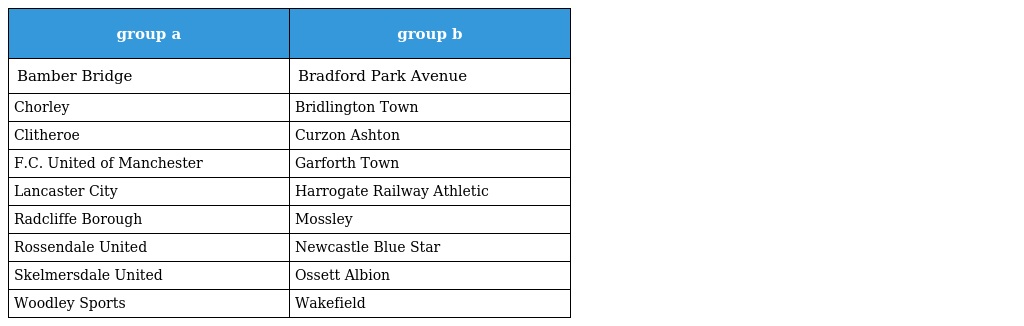
| group a | group b |
 | --- | --- |
 | Bamber Bridge | Bradford Park Avenue |
 | Chorley | Bridlington Town |
 | Clitheroe | Curzon Ashton |
 | F.C. United of Manchester | Garforth Town |
 | Lancaster City | Harrogate Railway Athletic |
 | Radcliffe Borough | Mossley |
 | Rossendale United | Newcastle Blue Star |
 | Skelmersdale United | Ossett Albion |
 | Woodley Sports | Wakefield |